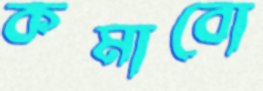
কমাবো